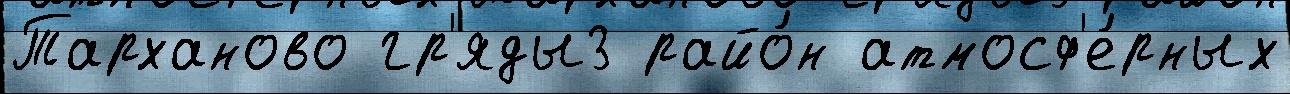
Тарханово гр'яды3 райо́н атмосф'е́рных